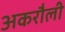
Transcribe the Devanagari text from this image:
अकरौली